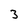
Character: 3